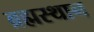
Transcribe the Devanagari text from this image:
ब्रह्मस्थान